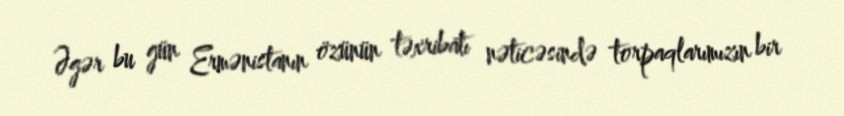
Əgər bu gün Ermənistanın özünün təxribatı nəticəsində torpaqlarımızın bir